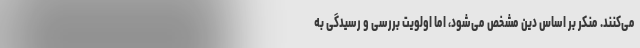
می‌کنند. منکر بر اساس دین مشخص می‌شود، اما اولویت بررسی و رسیدگی به